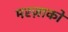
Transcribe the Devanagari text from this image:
मरज़ाको